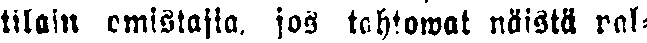
tilain omistajia, jos tahtowat näistä pal-